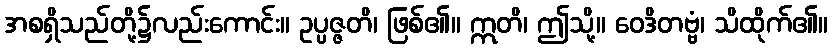
အစရှိသည်တို့၌လည်းကောင်း။ ဥပ္ပဇ္ဇတိ၊ ဖြစ်၏။ ဣတိ၊ ဤသို့။ ဝေဒိတဗ္ဗံ၊ သိထိုက်၏။